画像に写った文字を読んでください
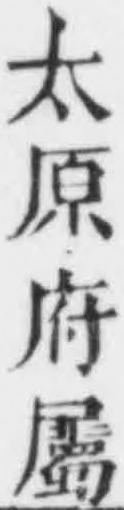
「太原府屬」と書いてあります